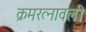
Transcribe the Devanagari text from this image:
क्रमरत्नावली